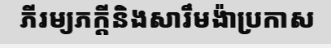
ភីរម្យភក្តីនិងសារឹមង៉ាប្រកាស